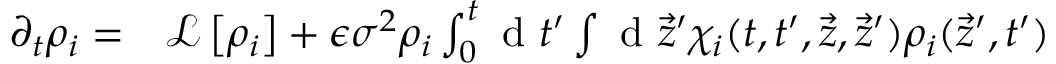
\begin{array} { r l } { \partial _ { t } \rho _ { i } = } & { { } \mathcal { L } \left[ \rho _ { i } \right] + \epsilon \sigma ^ { 2 } \rho _ { i } \int _ { 0 } ^ { t } \mathrm { ~ d ~ } t ^ { \prime } \int \mathrm { ~ d ~ } \vec { z } ^ { \prime } \chi _ { i } ( t , t ^ { \prime } , \vec { z } , \vec { z } ^ { \prime } ) \rho _ { i } ( \vec { z } ^ { \prime } , t ^ { \prime } ) } \end{array}